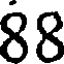
88